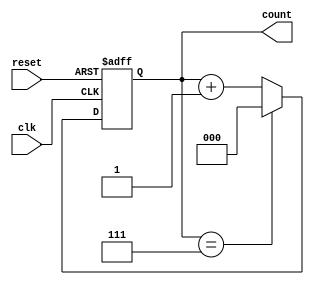
module mod_n_async_counter (
    input wire clk,          // Clock input
    input wire reset,        // Asynchronous reset
    output reg [2:0] count   // 3-bit output for Mod-8 counter
);

// Parameter for Mod-N counter
parameter N = 8; // Change this value for a different Mod-N counter

// Asynchronous reset and counting logic
always @(posedge clk or posedge reset) begin
    if (reset) begin
        count <= 3'b000; // Reset the counter to 0
    end else begin
        // Increment the counter
        if (count == N-1) begin
            count <= 3'b000; // Roll over to 0
        end else begin
            count <= count + 1; // Increment the count
        end
    end
end

endmodule